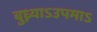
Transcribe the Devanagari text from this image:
बुध्न्याऽउपमाऽ